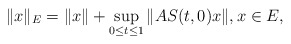
\begin{gather*}\|x\|_E=\|x\|+\sup_{0\le t\le 1}\|AS(t,0)x\|, x\in E,\end{gather*}